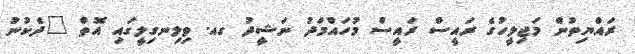
ރައްޔިތުން މަޖިލީހުގެ ރައީސް ރައީސް މުހައްމަދު ނަޝީދު ގއ. ވިލިނގިލީގައި އޮތް "ދެކުނު